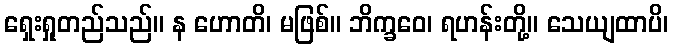
ရှေးရှုတည်သည်။ န ဟောတိ၊ မဖြစ်။ ဘိက္ခဝေ၊ ရဟန်းတို့။ သေယျထာပိ၊